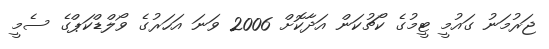
ޖަރުމަނު ގައުމީ ޓީމުގެ ކޯޗުކަން އަދާކޮށް 2006 ވަނަ އަހަރުގެ ވޯލްޑްކަޕްގެ ސެމީ